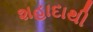
શહાદાથી